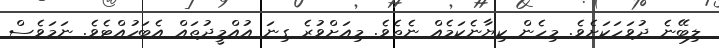
ލިބޭނެ ދުވަހަކަށެވެ. މިހެން ކިޔާނެކަމެއް ނެތެވެ. މިއަށްވުރެ ގިނަ އުއްމީދުތައް އެބަހުއްޓެވެ. ނަމަވެސް